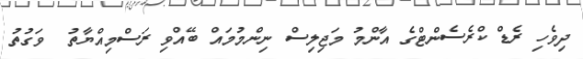
ދިވެހި ރެޑް ކްރެސެންޓްގެ އާންމު މަޖިލިސް ނިންމުމައް ބޭއްވި ރަސްމިއްޔާތު  ވަގުތު